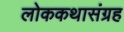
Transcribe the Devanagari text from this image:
लोककथासंग्रह